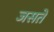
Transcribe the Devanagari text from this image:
जसते